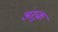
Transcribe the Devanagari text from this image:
आप्रुक